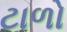
ટાળો